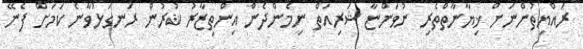
ރައްޔިތުންނަށް ޚިޔާނާތްތެރި ނުވަންޏާ ޝަރިއަތް ނިމެންދެން އިންތިޒާރު ކުރުން ރަނގަޅުވާނެ ކަމަށް ފެނޭ